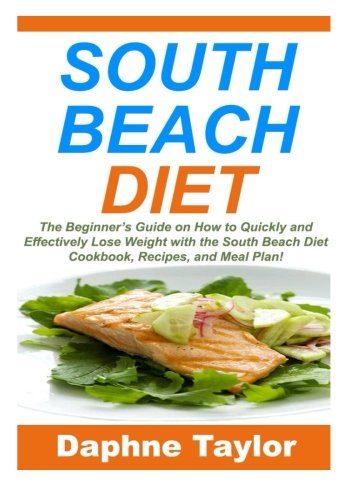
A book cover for South Beach Diet: The Beginner's Guide on How to Quickly and Effectively Lose Weight with the South Beach Diet Cookbook, Recipes, and Meal Plan! (Low Carb, Gluten Free); Daphne Taylor; Health, Fitness & Dieting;